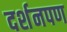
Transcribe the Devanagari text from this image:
दर्शनपण